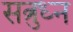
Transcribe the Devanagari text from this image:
सत्रुध्न